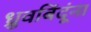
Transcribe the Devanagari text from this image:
ध्रुवबिंदूंना